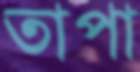
তাপা